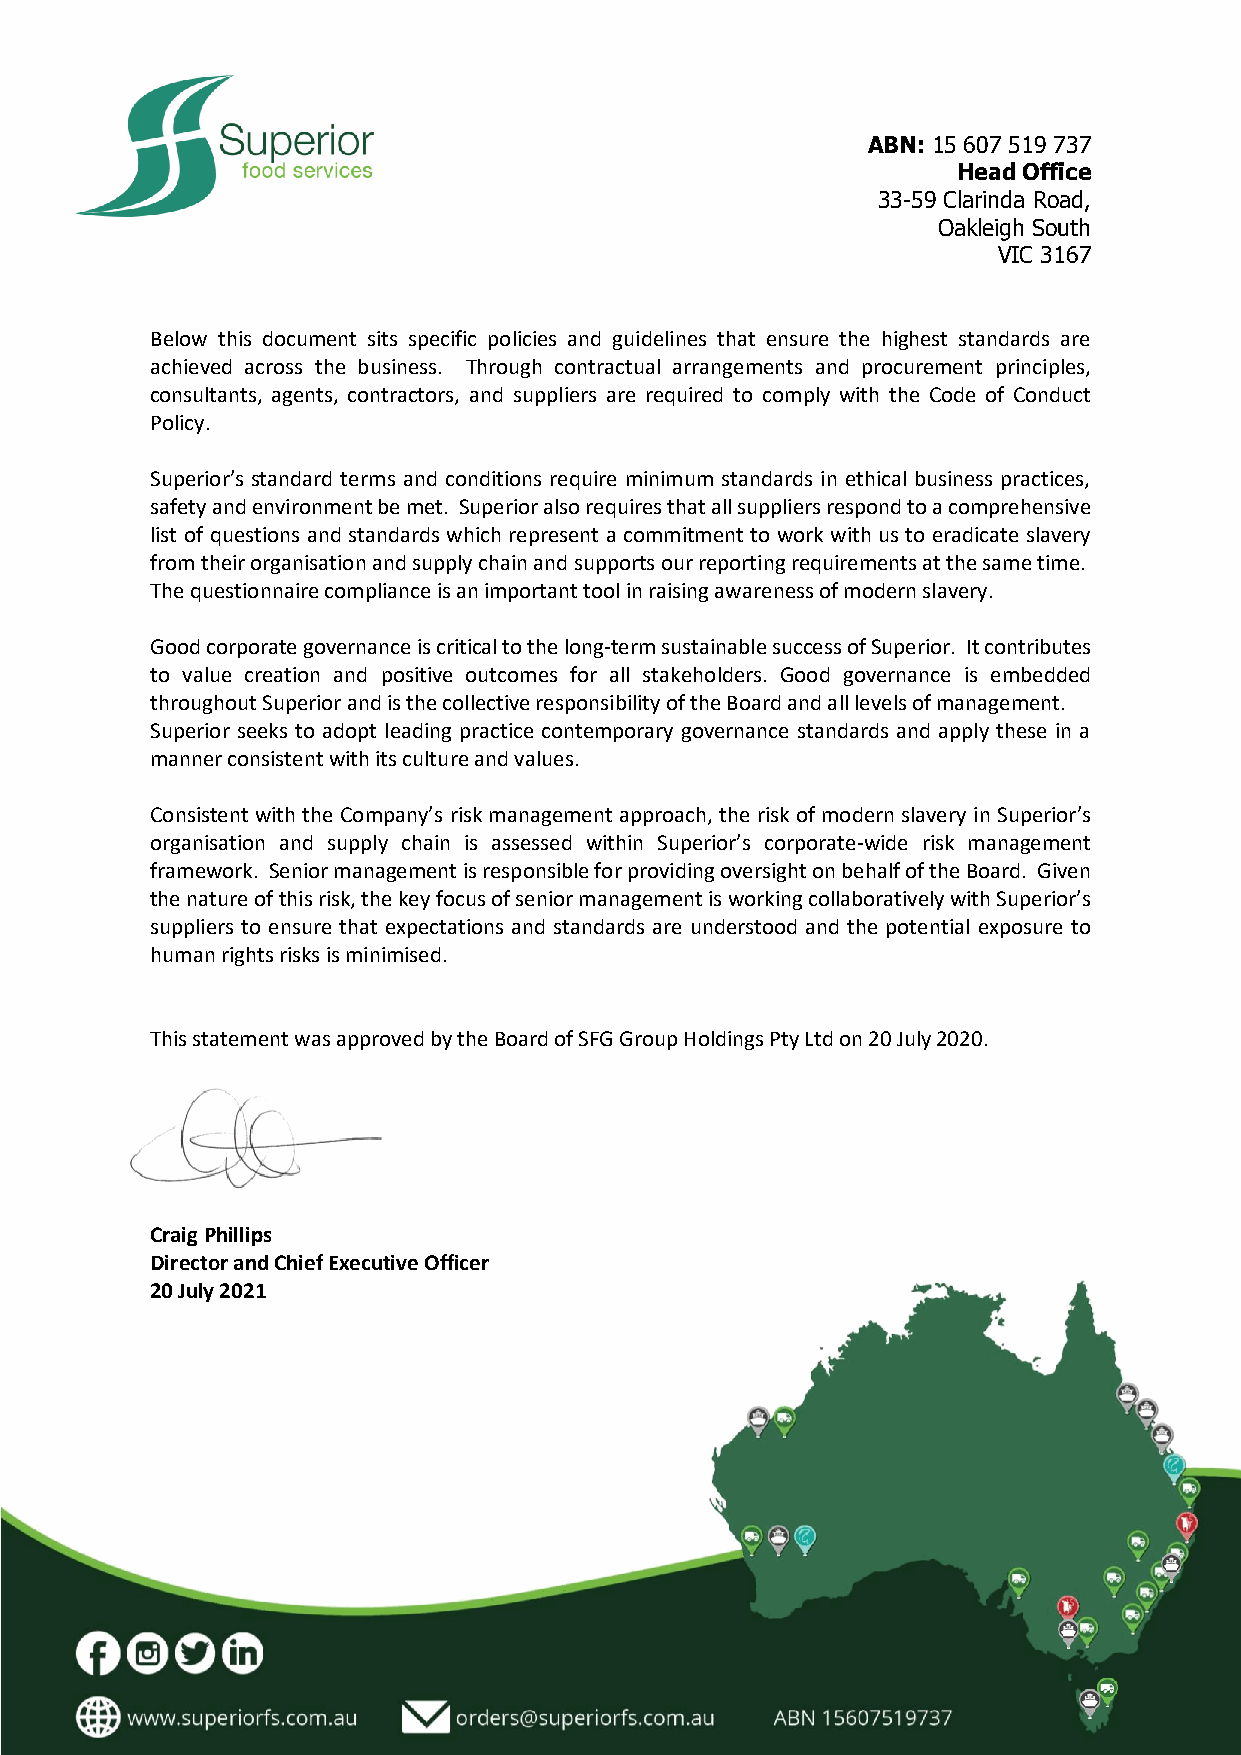
ABN: 15 607 519 737
 Head Office
 33-59 Clarinda Road,
 Oakleigh South
 VIC 3167
 Below this document sits specific policies and guidelines that ensure the highest standards are
 achieved across the business. Through contractual arrangements and procurement principles,
 consultants, agents, contractors, and suppliers are required to comply with the Code of Conduct
 Policy.
 Superior’s standard terms and conditions require minimum standards in ethical business practices,
 safety and environment be met. Superior also requires that all suppliers respond to a comprehensive
 list of questions and standards which represent a commitment to work with us to eradicate slavery
 from their organisation and supply chain and supports our reporting requirements at the same time.
 The questionnaire compliance is an important tool in raising awareness of modern slavery.
 Good corporate governance is critical to the long-term sustainable success of Superior. It contributes
 to value creation and positive outcomes for all stakeholders. Good governance is embedded
 throughout Superior and is the collective responsibility of the Board and all levels of management.
 Superior seeks to adopt leading practice contemporary governance standards and apply these in a
 manner consistent with its culture and values.
 Consistent with the Company’s risk management approach, the risk of modern slavery in Superior’s
 organisation and supply chain is assessed within Superior’s corporate-wide risk management
 framework. Senior management is responsible for providing oversight on behalf of the Board. Given
 the nature of this risk, the key focus of senior management is working collaboratively with Superior’s
 suppliers to ensure that expectations and standards are understood and the potential exposure to
 human rights risks is minimised.
 This statement was approved by the Board of SFG Group Holdings Pty Ltd on 20 July 2020.
 Craig Phillips
 Director and Chief Executive Officer
 20 July 2021